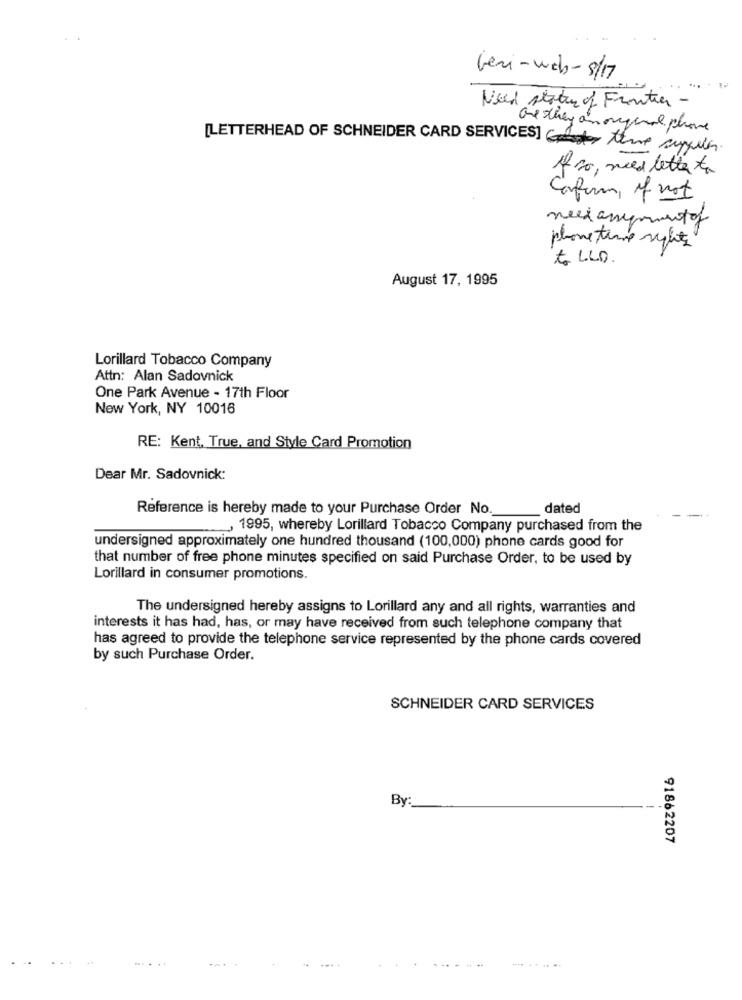
Geri-web - 8/17
Need states of Frontier -
Ge they an oryginal phone
[LETTERHEAD OF SCHNEIDER CARD SERVICES] Gatene superen.
Ifso, need letter to
Caform, if not
need anymomentof
phonetime splits
to LLO.
August 17, 1995
Lorillard Tobacco Company
Attn: Alan Sadovnick
One Park Avenue - 17th Floor
New York, NY 10016
RE: Kent, True, and Style Card Promotion
Dear Mr. Sadovnick:
Reference is hereby made to your Purchase Order No.
dated
, 1995, whereby Lorillard Tobacco Company purchased from the
undersigned approximately one hundred thousand (100,000) phone cards good for
that number of free phone minutes specified on said Purchase Order, to be used by
Lorillard in consumer promotions.
The undersigned hereby assigns to Lorillard any and all rights, warranties and
interests it has had, has, or may have received from such telephone company that
has agreed to provide the telephone service represented by the phone cards covered
by such Purchase Order.
SCHNEIDER CARD SERVICES
By:
91862207